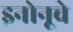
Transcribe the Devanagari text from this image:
इनोनूचे